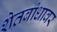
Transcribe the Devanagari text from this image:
शेतबांधावर